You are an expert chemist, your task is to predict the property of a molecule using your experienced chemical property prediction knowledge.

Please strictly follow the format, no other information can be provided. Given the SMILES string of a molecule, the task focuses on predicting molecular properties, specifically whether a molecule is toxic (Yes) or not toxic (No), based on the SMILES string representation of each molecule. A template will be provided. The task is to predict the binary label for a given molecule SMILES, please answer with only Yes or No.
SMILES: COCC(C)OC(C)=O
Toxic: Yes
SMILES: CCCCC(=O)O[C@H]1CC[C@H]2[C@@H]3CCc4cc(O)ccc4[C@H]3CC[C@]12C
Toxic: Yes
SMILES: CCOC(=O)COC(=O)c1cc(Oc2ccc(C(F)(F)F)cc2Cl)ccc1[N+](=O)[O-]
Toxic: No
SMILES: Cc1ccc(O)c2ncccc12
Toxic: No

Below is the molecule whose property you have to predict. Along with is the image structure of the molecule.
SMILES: O=C(O)c1ccccc1Cl
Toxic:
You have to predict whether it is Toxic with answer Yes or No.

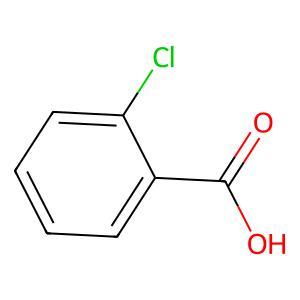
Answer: No